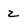
Character: z